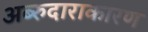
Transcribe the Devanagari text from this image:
अब्‍रुदाराकारण